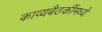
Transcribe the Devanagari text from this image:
काव्यबैठकींमध्ये